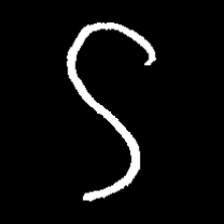
Pyu character \u2014 Myanmar letter: ဌ (romanized: ttha)